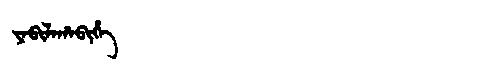
Manchu: ᠶᠠᠪᡳᠯᠠᡥᠠᠪᡳᡥᡝ
Romanization: YABILAHABIHE